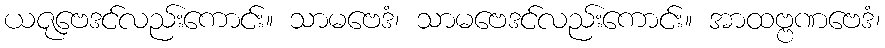
ယဇုဗေဒင်လည်းကောင်း။ သာမဗေဒံ၊ သာမဗေဒင်လည်းကောင်း။ အာထဗ္ဗဏဗေဒံ၊